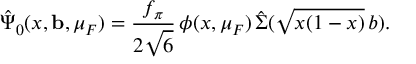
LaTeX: \hat { \Psi } _ { 0 } ( x , { \bf b } , \mu _ { F } ) = \frac { f _ { \pi } } { 2 \sqrt { 6 } } \, \phi ( x , \mu _ { F } ) \, \hat { \Sigma } ( \sqrt { x ( 1 - x ) } \, b ) .